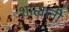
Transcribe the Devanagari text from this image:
शाह्यांनी